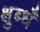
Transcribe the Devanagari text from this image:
क्षुब्धँ